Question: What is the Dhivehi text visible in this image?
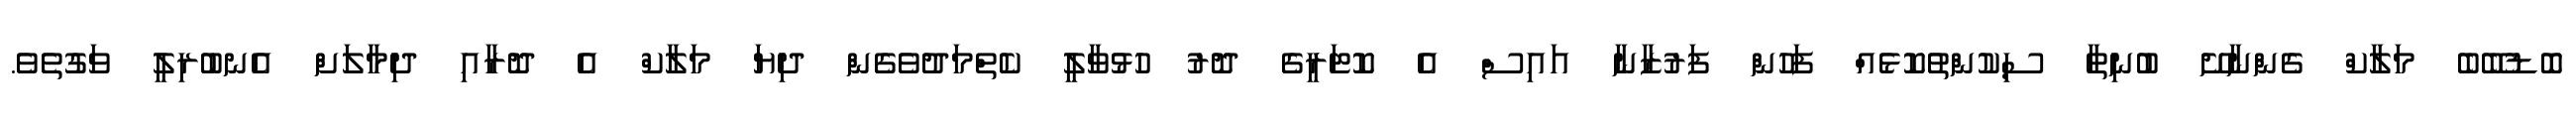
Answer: ބޮޑުބޭބެ މަލާކް ގެންނާށޭ ބުނިތާ ސިކުންތުކޮޅެއް ފަހުން ފަރުޒާނާ އައިސް އެ ކޮޓަރީގެ ދޮރު ހުޅުވާލީ ކެތްމަދުވެގެން ދިޔަ މަލާކް އެ ދޮރާއި ދިމާލަށް އެނބުރިލީ ވަގުތެވެ.